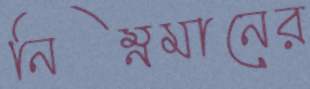
নিম্নমানের